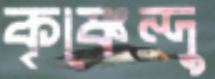
কৃষ্ণেন্দু